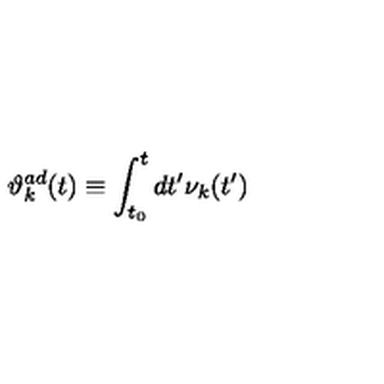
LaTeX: { \vartheta } _ { k } ^ { a d } ( t ) \equiv \int _ { t _ { 0 } } ^ { t } d t ^ { \prime } { \nu } _ { k } ( t ^ { \prime } )